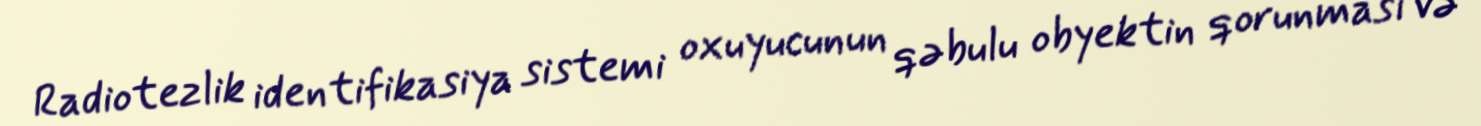
Radiotezlik identifikasiya sistemi oxuyucunun qəbulu obyektin qorunması və